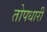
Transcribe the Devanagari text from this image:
तोपधारी